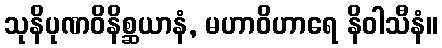
သုနိပုဏဝိနိစ္ဆယာနံ, မဟာဝိဟာရေ နိဝါသီနံ။